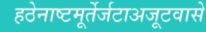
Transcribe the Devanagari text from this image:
हठेनाष्टमूर्तेर्जटाअजूटवासे